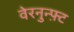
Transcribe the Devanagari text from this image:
वेरनुन्फ़्ट